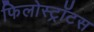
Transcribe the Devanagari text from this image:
फिलोस्ट्रॉटस